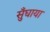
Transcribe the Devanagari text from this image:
सुँघाया